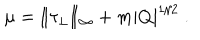
LaTeX: \mu = \| \tau _ { \perp } \| _ { \infty } + m | Q | ^ { 1 / 2 } ~ .